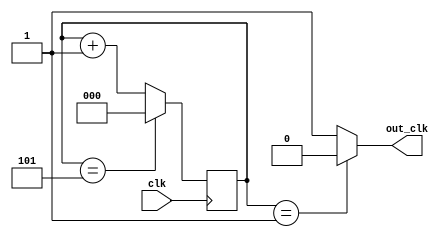
module pulse_generator( clk ,out_clk  );

output reg out_clk ;

input clk ;
wire clk ;

reg [2:0] m = 3'd0;

initial ;

always @ (negedge (clk)) begin
 if (m==5)
  m <= 0;
 else  
  m <= m + 1;
  
  
  
end

always @ (m==0) begin
 if (m==1)
  out_clk <= 0;
 else
  out_clk <= 1;
    
end
  

endmodule